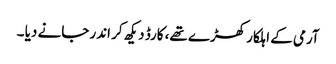
آرمی کے اہلکار کھڑے تھے، کارڈ دیکھ کر اندر جانے دیا ۔